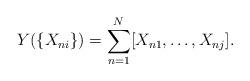
LaTeX: \begin{align*} Y(\{X_{ni}\})=\sum_{n=1}^N[X_{n1},\dots,X_{nj}]. \end{align*}